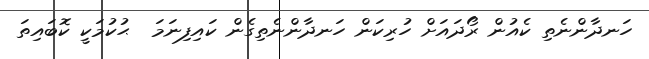
ހަނދާންނެތި ކެއުން ރޯދައަށް ހުރިކަން ހަނދާންނެތިގެން ކައިފިނަމަ  ޙުކުމަކީ ކޮބައިތަ